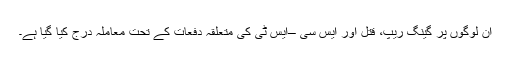
ان لوگوں پر گینگ ریپ، قتل اور ایس سی –ایس ٹی کی متعلقہ دفعات کے تحت معاملہ درج کیا گیا ہے۔